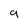
Character: 9